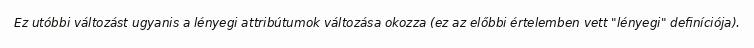
Ez utóbbi változást ugyanis a lényegi attribútumok változása okozza (ez az előbbi értelemben vett "lényegi" definíciója).